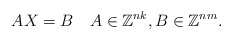
\begin{align*} AX = B \ \ \ A \in \mathbb{Z}^{nk}, B \in \mathbb{Z}^{nm}.\end{align*}